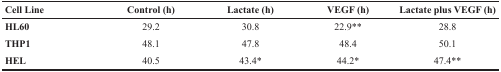
<table><thead><tr><td><b>Cell Line</b></td><td><b>Control (h)</b></td><td><b>Lactate (h)</b></td><td><b>VEGF (h)</b></td><td><b>Lactate plus VEGF (h)</b></td></tr></thead><tbody><tr><td><b>HL60</b></td><td>29.2</td><td>30.8</td><td>22.9**</td><td>28.8</td></tr><tr><td><b>THP1</b></td><td>48.1</td><td>47.8</td><td>48.4</td><td>50.1</td></tr><tr><td><b>HEL</b></td><td>40.5</td><td>43.4*</td><td>44.2*</td><td>47.4**</td></tr></tbody></table>